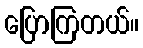
ပြောကြတယ်။